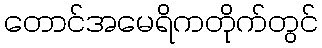
တောင်အမေရိကတိုက်တွင်